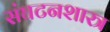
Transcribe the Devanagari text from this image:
संघटनशास्त्र